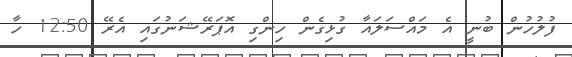
ފުލުހުން ބުނީ އެ މައްސަލައާ ގުޅިގެން ހިންގި އޮޕަރޭޝަނުގައި އެރޭ 12:50 ހާ